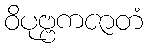
ဝိပုဗ္ဗကဇာတံ